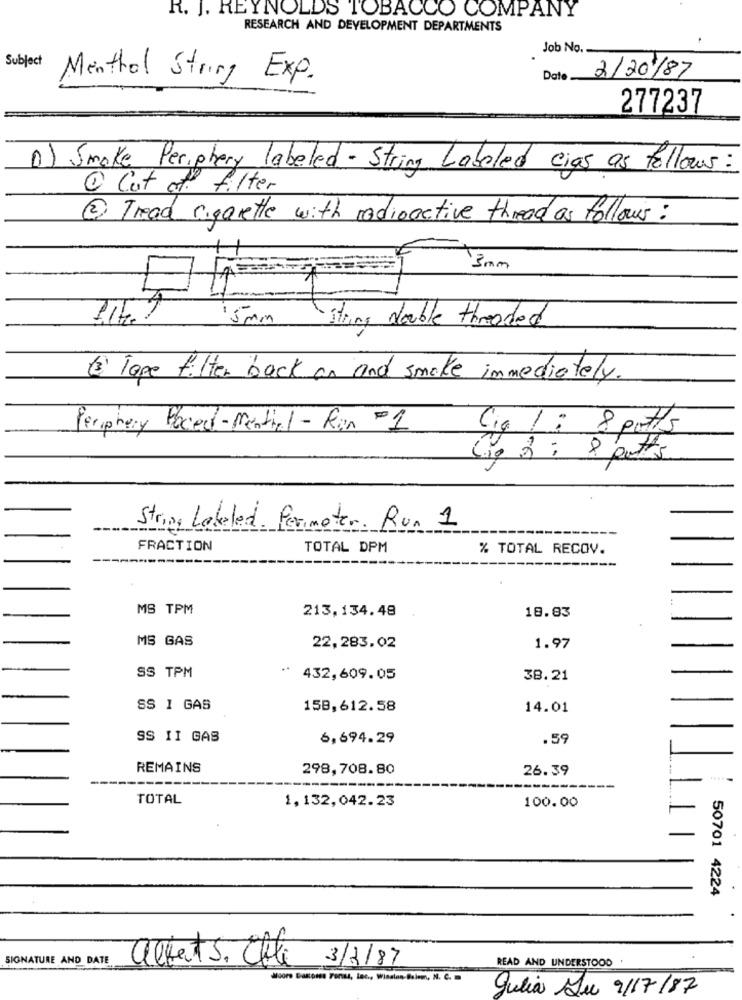
R. J. REYNOLDS TOBACCO COMPANY
RESEARCH AND DEVELOPMENT DEPARTMENTS
Job No.
Subject
2/20/87
Menthol String Exp.
Date
277237
(1) Smoke Periphery labeled - String Labeled cias as follows:
1 Cut et filter
2 Tread sigarette with radioactive thread as follows:
3mm
5 mm
string double threaded
(3) Tope filter back on and smoke immediately.
Periphery Paced-Mential - Run -1
Cia 1 : 8 potts
Lip 2 ; & putts
Strips Labeled, Perimeter. Run 1
FRACTION
TOTAL DPM
% TOTAL RECOV.
MS TPM
213,134.48
18.83
MS GAS
22,283.02
1.97
SS TPM
432,609.05
38.21
SS I GAS
158,612.58
14.01
SS II GAS
6,694.29
.59
REMAINS
298,708.80
26.39
-----
TOTAL
1,132,042.23
100.00
50701 4224
SIGNATURE AND DATE
READ AND UNDERSTOOD
alberts, Chle 3/1/87
Julia Luc 9/17/87